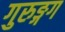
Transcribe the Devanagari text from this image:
गुरुङ्गग